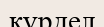
күрдел